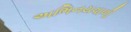
અભિનયવાળી